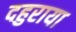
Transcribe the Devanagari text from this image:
दहुराया